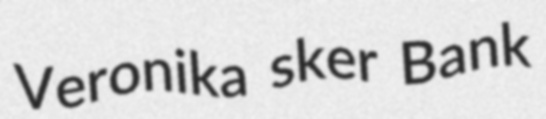
Veronika sker Bank